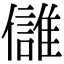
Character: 𩀕